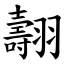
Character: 翿